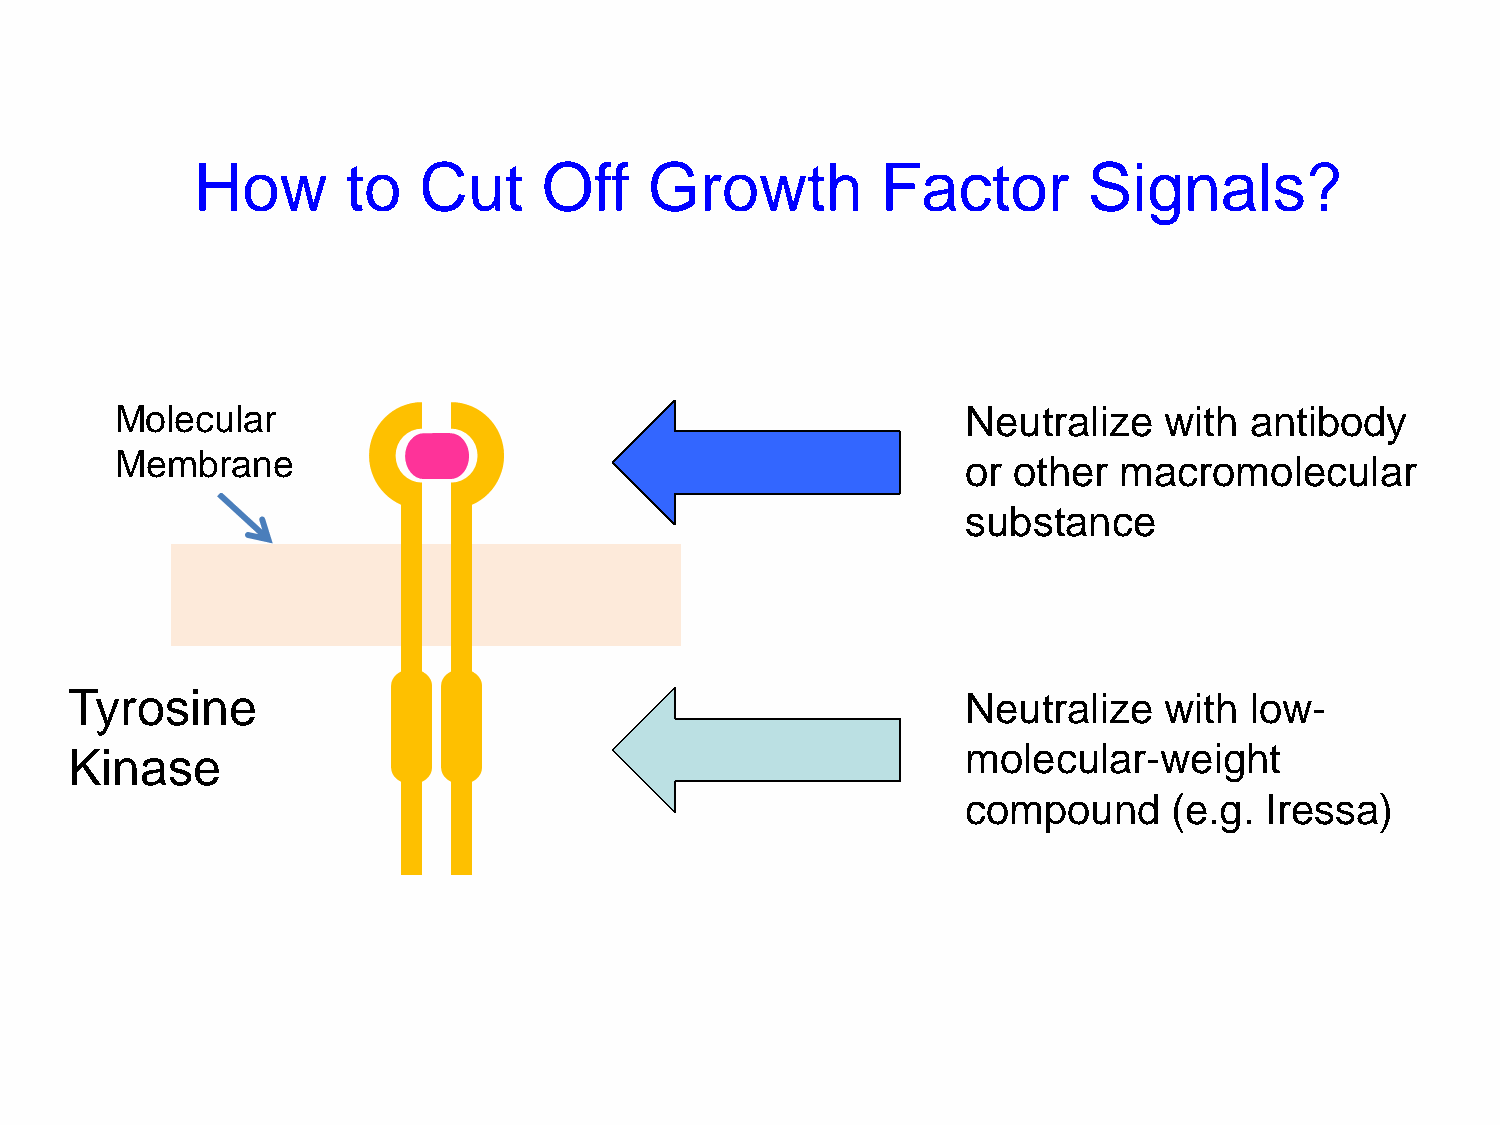
How       to   Cut     Off    Growth         Factor        Signals?
 Molecular                                               Neutralize   with  antibody
 Membrane                                                or other  macromolecular
 substance
 Tyrosine                                                   Neutralize   with  low-
 molecular-weight
 Kinase
 compound      (e.g. Iressa)